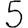
Digit: 5